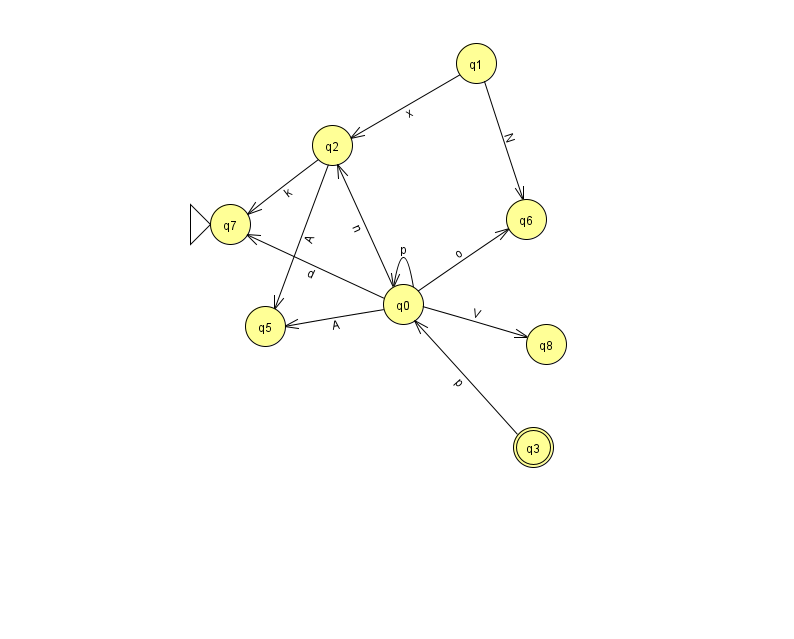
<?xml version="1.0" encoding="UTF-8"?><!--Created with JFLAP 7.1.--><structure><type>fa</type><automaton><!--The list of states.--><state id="0" name="q0"><x>403.0</x><y>291.0</y></state><state id="1" name="q1"><x>476.0</x><y>50.0</y></state><state id="2" name="q2"><x>332.0</x><y>132.0</y></state><state id="3" name="q3"><x>533.0</x><y>434.0</y><final/></state><state id="5" name="q5"><x>265.0</x><y>313.0</y></state><state id="6" name="q6"><x>526.0</x><y>206.0</y></state><state id="7" name="q7"><x>230.0</x><y>211.0</y><initial/></state><state id="8" name="q8"><x>546.0</x><y>331.0</y></state><!--The list of transitions.--><transition><from>0</from><to>0</to><read>p</read></transition><transition><from>2</from><to>7</to><read>k</read></transition><transition><from>3</from><to>0</to><read>p</read></transition><transition><from>1</from><to>6</to><read>N</read></transition><transition><from>1</from><to>2</to><read>x</read></transition><transition><from>0</from><to>8</to><read>V</read></transition><transition><from>0</from><to>5</to><read>A</read></transition><transition><from>0</from><to>6</to><read>o</read></transition><transition><from>0</from><to>2</to><read>n</read></transition><transition><from>0</from><to>7</to><read>d</read></transition><transition><from>2</from><to>5</to><read>A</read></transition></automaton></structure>